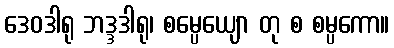
ဒေဝဒါရု ဘဒ္ဒဒါရု၊ စမ္ပေယျော တု စ စမ္ပကော။